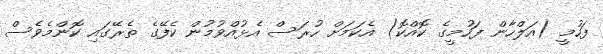
ފަހުމީ (އަލްހާން ފަހުމީގެ ކޮއްކޮ) އެކަމަށް ހުރަސް އެޅުއްވުމުން ކެފޭގެ ތެރޭގައި ކޮންމެވެސް